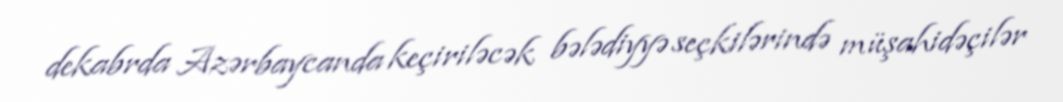
dekabrda Azərbaycanda keçiriləcək bələdiyyə seçkilərində müşahidəçilər